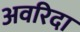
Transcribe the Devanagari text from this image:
अवरिदा